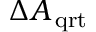
\Delta { { A _ { \, \mathrm { { q r t } } } } }